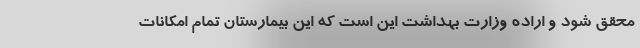
محقق شود و اراده وزارت بهداشت این است که این بیمارستان تمام امکانات